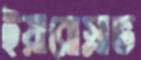
ইয়ারোস্লাভ